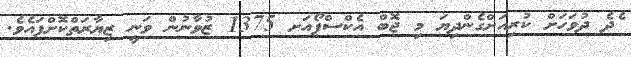
ެދެ ދުވަހަށް ކުރިއަށްގެންދިޔަ މި ޖޮބް އެކްސްޕޯއަށ 1375 ޒުވާނުން ވަނީ ޒިޔާރަތްކޮށްފައެވެ.